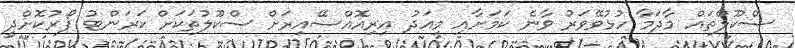
ސްކޫލްތައް މާދަމާ ހުޅުވޭވަރު ވާނެ ކަމަށާއި މިއަދު އިރިއޮއްސޭއިރަށް ސްކޫލުތަކަށް ކަރަންޓު ފޯރުކޮށްދީ